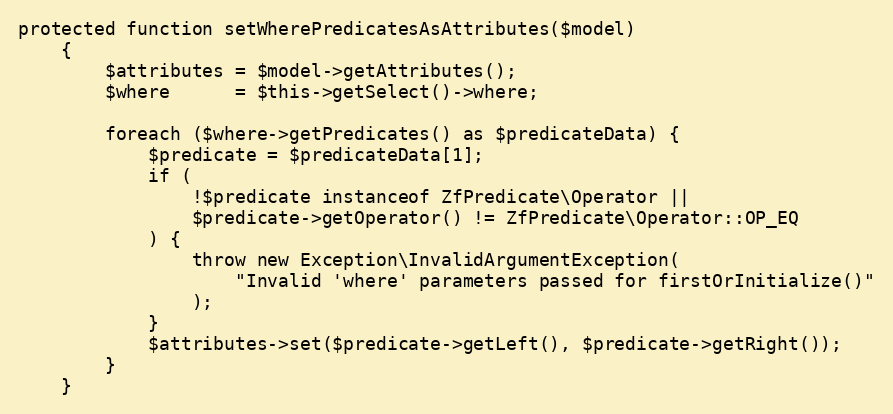
Language: PHP
protected function setWherePredicatesAsAttributes($model)
    {
        $attributes = $model->getAttributes();
        $where      = $this->getSelect()->where;

        foreach ($where->getPredicates() as $predicateData) {
            $predicate = $predicateData[1];
            if (
                !$predicate instanceof ZfPredicate\Operator ||
                $predicate->getOperator() != ZfPredicate\Operator::OP_EQ
            ) {
                throw new Exception\InvalidArgumentException(
                    "Invalid 'where' parameters passed for firstOrInitialize()"
                );
            }
            $attributes->set($predicate->getLeft(), $predicate->getRight());
        }
    }